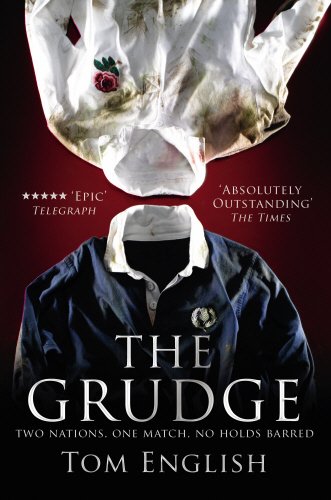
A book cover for The Grudge: Two Nations, One Match, No Holds Barred; Tom English; Sports & Outdoors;